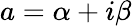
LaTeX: a=\alpha+i\beta